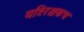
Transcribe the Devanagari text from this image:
यष्टिरक्षकच